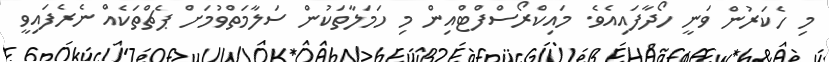
މި ހެކަރުން ވަނީ ހޯދާފައިއެވެ. މައިކްރޯސްފްޓްއިން މި ހަމަލާތަކުން ސަލާމަތްވުމަށް ޕެޗްތަކެއް ނެރެފައިވީ